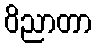
ဝိညာတာ